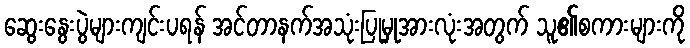
ဆွေးနွေးပွဲများကျင်းပရန် အင်တာနက်အသုံးပြုမှုအားလုံးအတွက် သူ၏စကားများကို